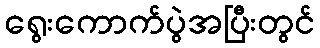
ရွေးကောက်ပွဲအပြီးတွင်